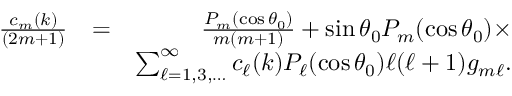
\begin{array} { r l r } { \frac { c _ { m } ( k ) } { ( 2 m + 1 ) } } & { = } & { \frac { P _ { m } ( \cos \theta _ { 0 } ) } { m ( m + 1 ) } + \sin \theta _ { 0 } P _ { m } ( \cos \theta _ { 0 } ) \times } \\ & { } & { \sum _ { \ell = 1 , 3 , \ldots } ^ { \infty } c _ { \ell } ( k ) P _ { \ell } ( \cos \theta _ { 0 } ) \ell ( \ell + 1 ) g _ { m \ell } . } \end{array}